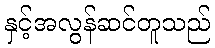
နှင့်အလွန်ဆင်တူသည်